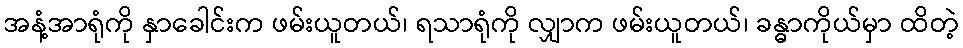
အနံ့အာရုံကို နှာခေါင်းက ဖမ်းယူတယ်၊ ရသာရုံကို လျှာက ဖမ်းယူတယ်၊ ခန္ဓာကိုယ်မှာ ထိတဲ့